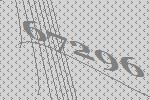
67296